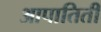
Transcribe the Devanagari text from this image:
आपातिती